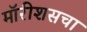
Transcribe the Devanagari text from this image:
मॉरीशसचा